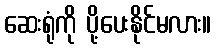
ဆေးရုံကို ပို့ပေးနိုင်မလား။